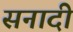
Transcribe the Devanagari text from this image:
सनादी